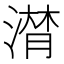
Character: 𱨏